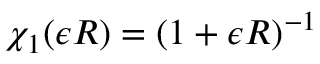
\chi _ { 1 } ( \epsilon R ) = ( 1 + \epsilon R ) ^ { - 1 }